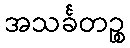
အသင်္ခတဉ္စ